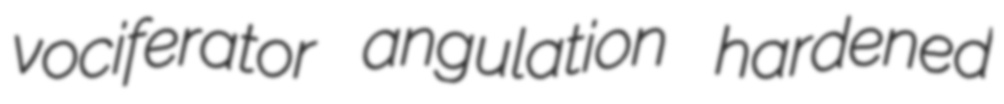
vociferator angulation hardened